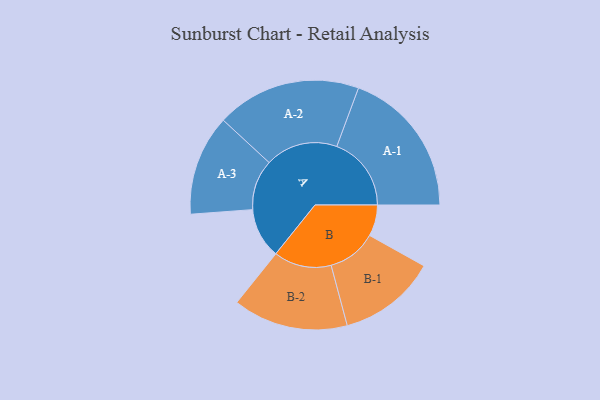
{"axis": {"x": "Segment", "y": "Value"}, "legend": ["", "A", "B"], "data": [{"x": "A", "y": 166, "type": ""}, {"x": "B", "y": 103, "type": ""}, {"x": "A-1", "y": 246, "type": "A"}, {"x": "A-2", "y": 239, "type": "A"}, {"x": "A-3", "y": 166, "type": "A"}, {"x": "B-1", "y": 162, "type": "B"}, {"x": "B-2", "y": 190, "type": "B"}]}